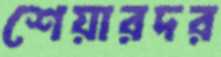
শেয়ারদর